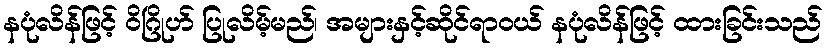
နပုံလိန်ဖြင့် ဝိဂြိုဟ် ပြုလိမ့်မည်၊ အများနှင့်ဆိုင်ရာဝယ် နပုံလိန်ဖြင့် ထားခြင်းသည်